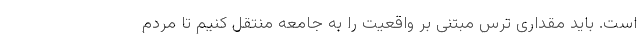
است. باید مقداری ترس مبتنی بر واقعیت را به جامعه منتقل کنیم تا مردم